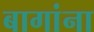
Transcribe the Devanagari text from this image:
बागांना